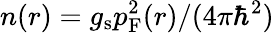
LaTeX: n(r)=g_{\mathrm{s}}p_{\mathrm{F}}^{2}(r)/(4\pi\hbar^{2})